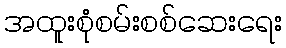
အထူးစုံစမ်းစစ်ဆေးရေး